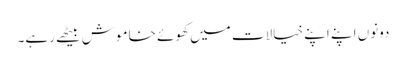
دونوں اپنے اپنے خیالات میں کھوئے خاموش بیٹھے رہے۔